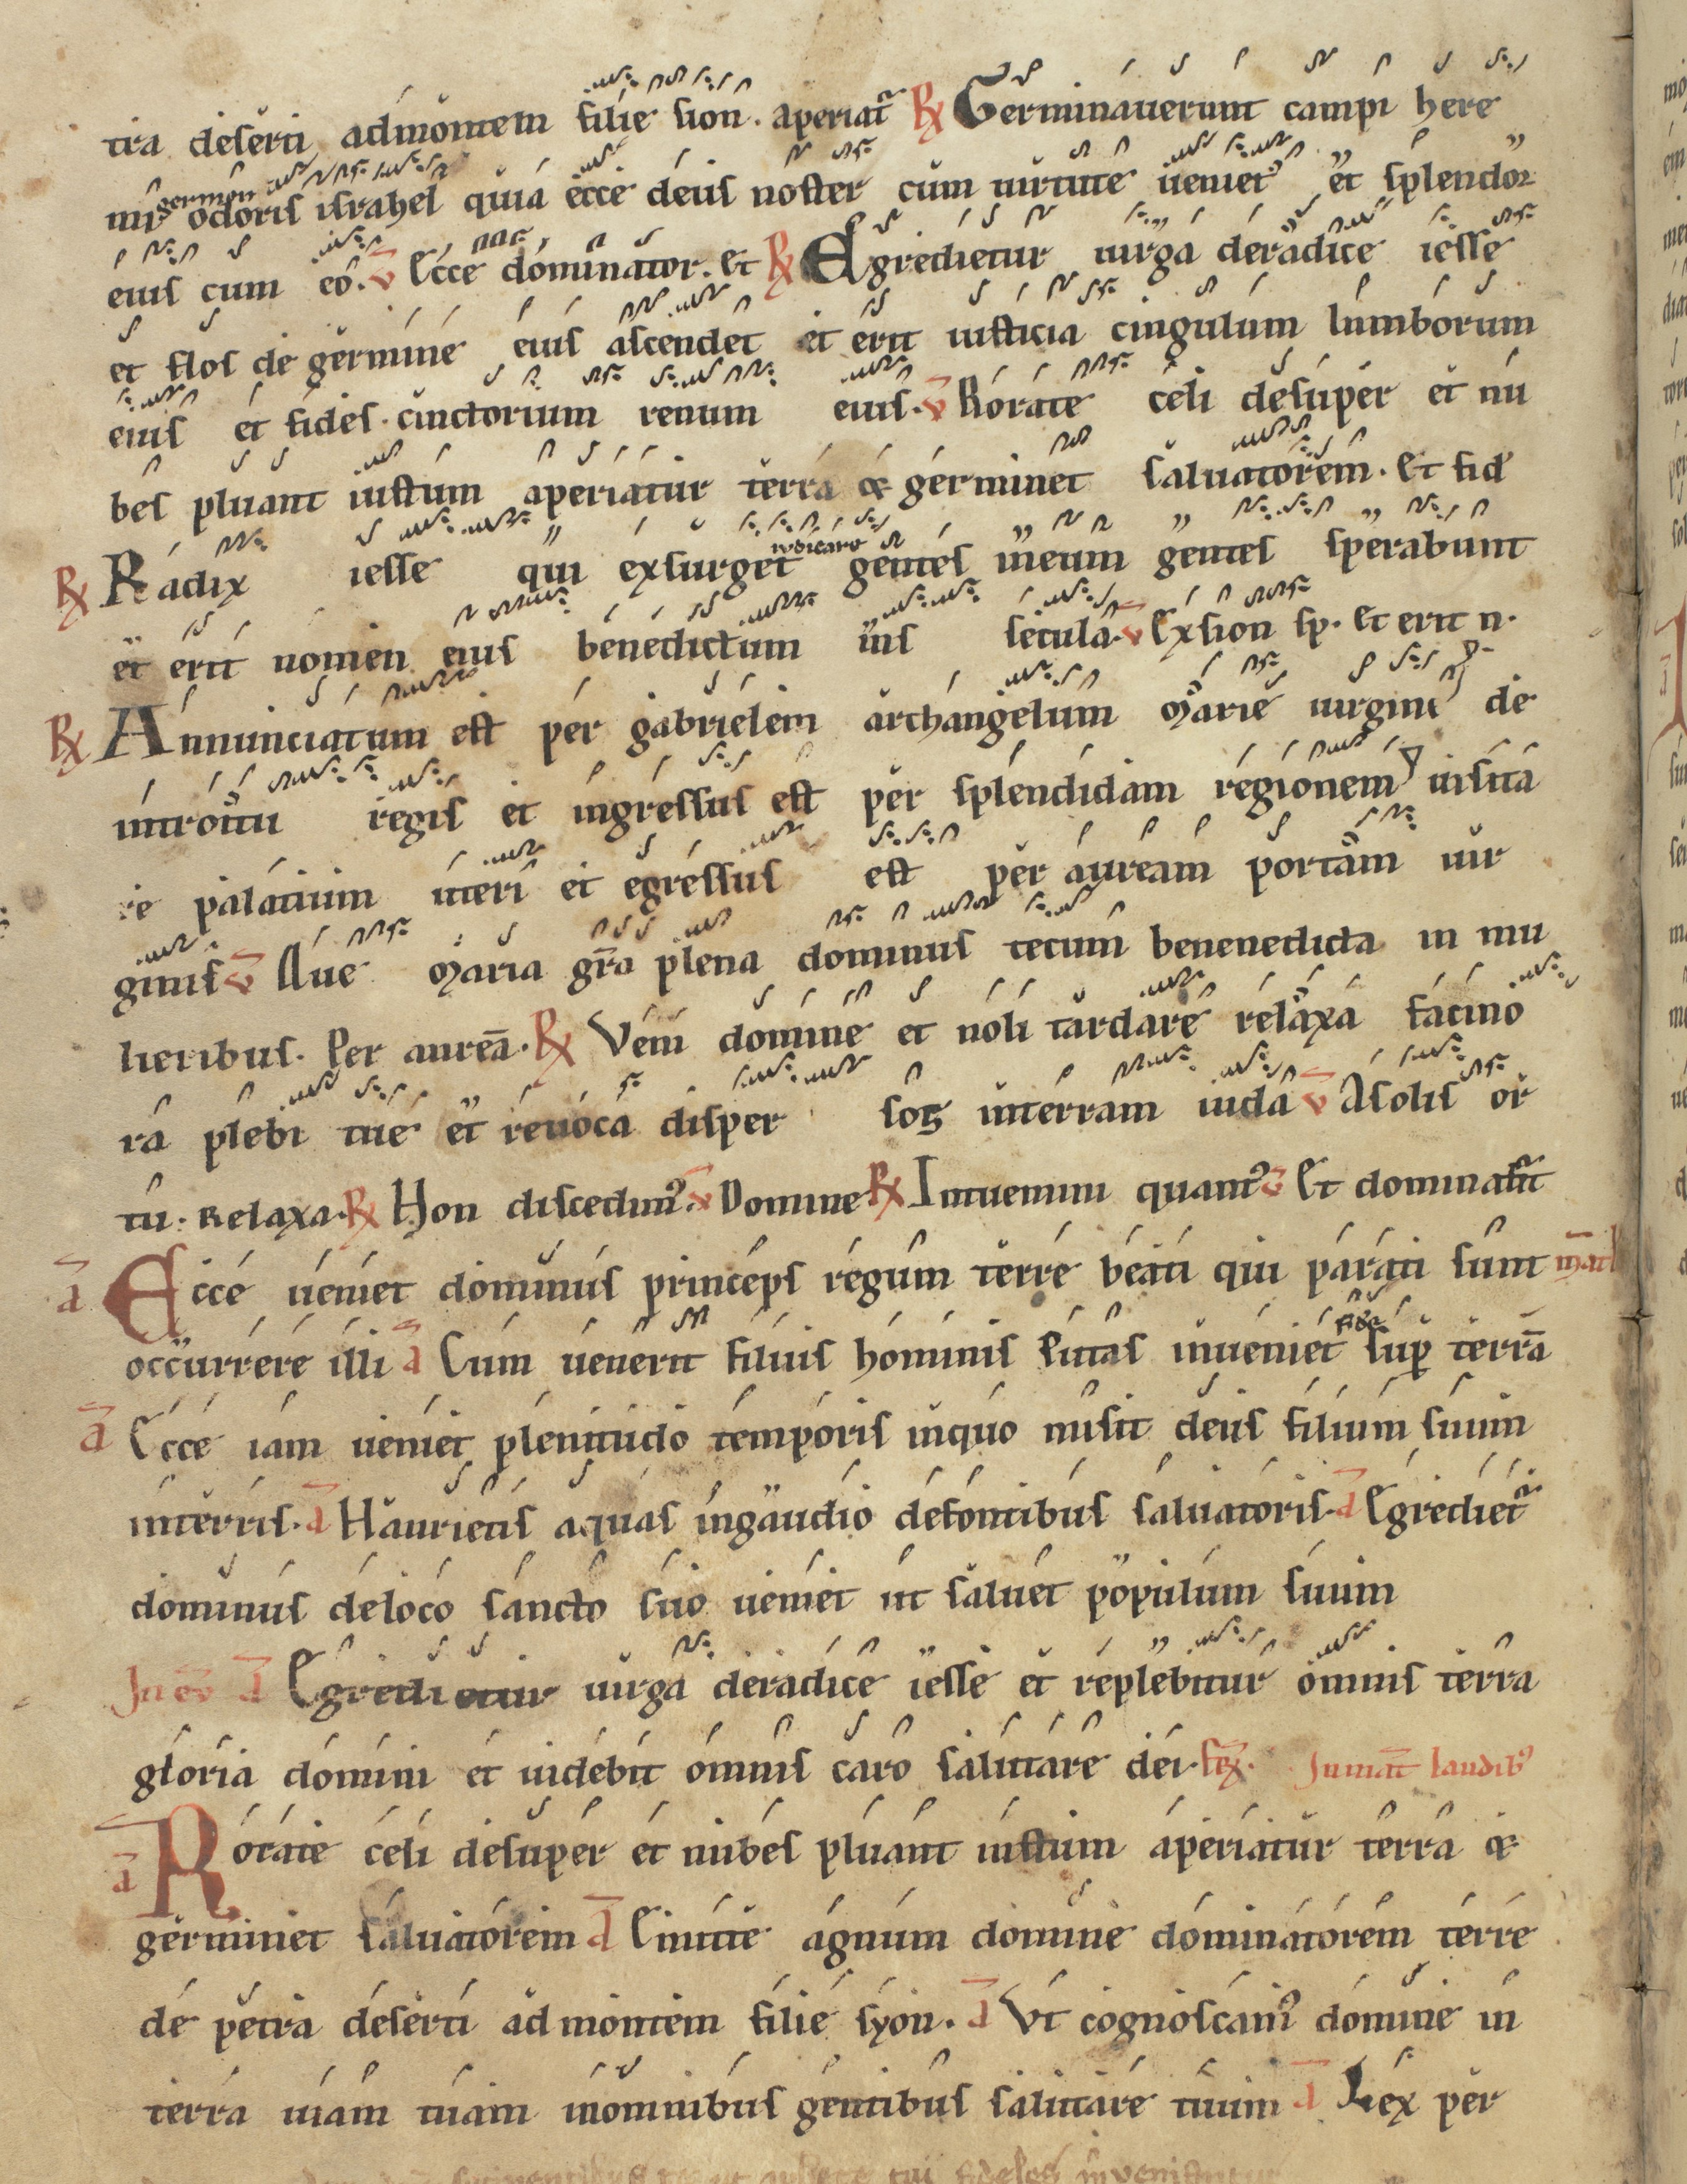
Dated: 1200–1299